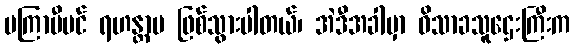
မကြာမီပင် ရဟန္တာမ ဖြစ်သွားပါတယ်၊ အဲဒီအခါမှာ ဝိသာခသူဌေးကြီးက